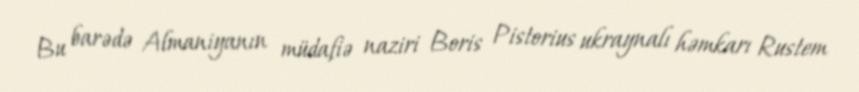
Bu barədə Almaniyanın müdafiə naziri Boris Pistorius ukraynalı həmkarı Rustem